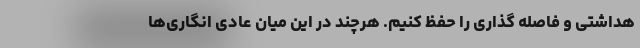
هداشتی و فاصله گذاری را حفظ کنیم. هرچند در این میان عادی انگاری‌ها